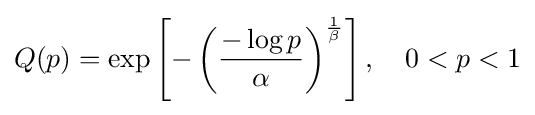
Q(p)=\exp \left[-\left({\frac {-\log p}{\alpha }}\right)^{\frac {1}{\beta }}\right],\quad 0<p<1